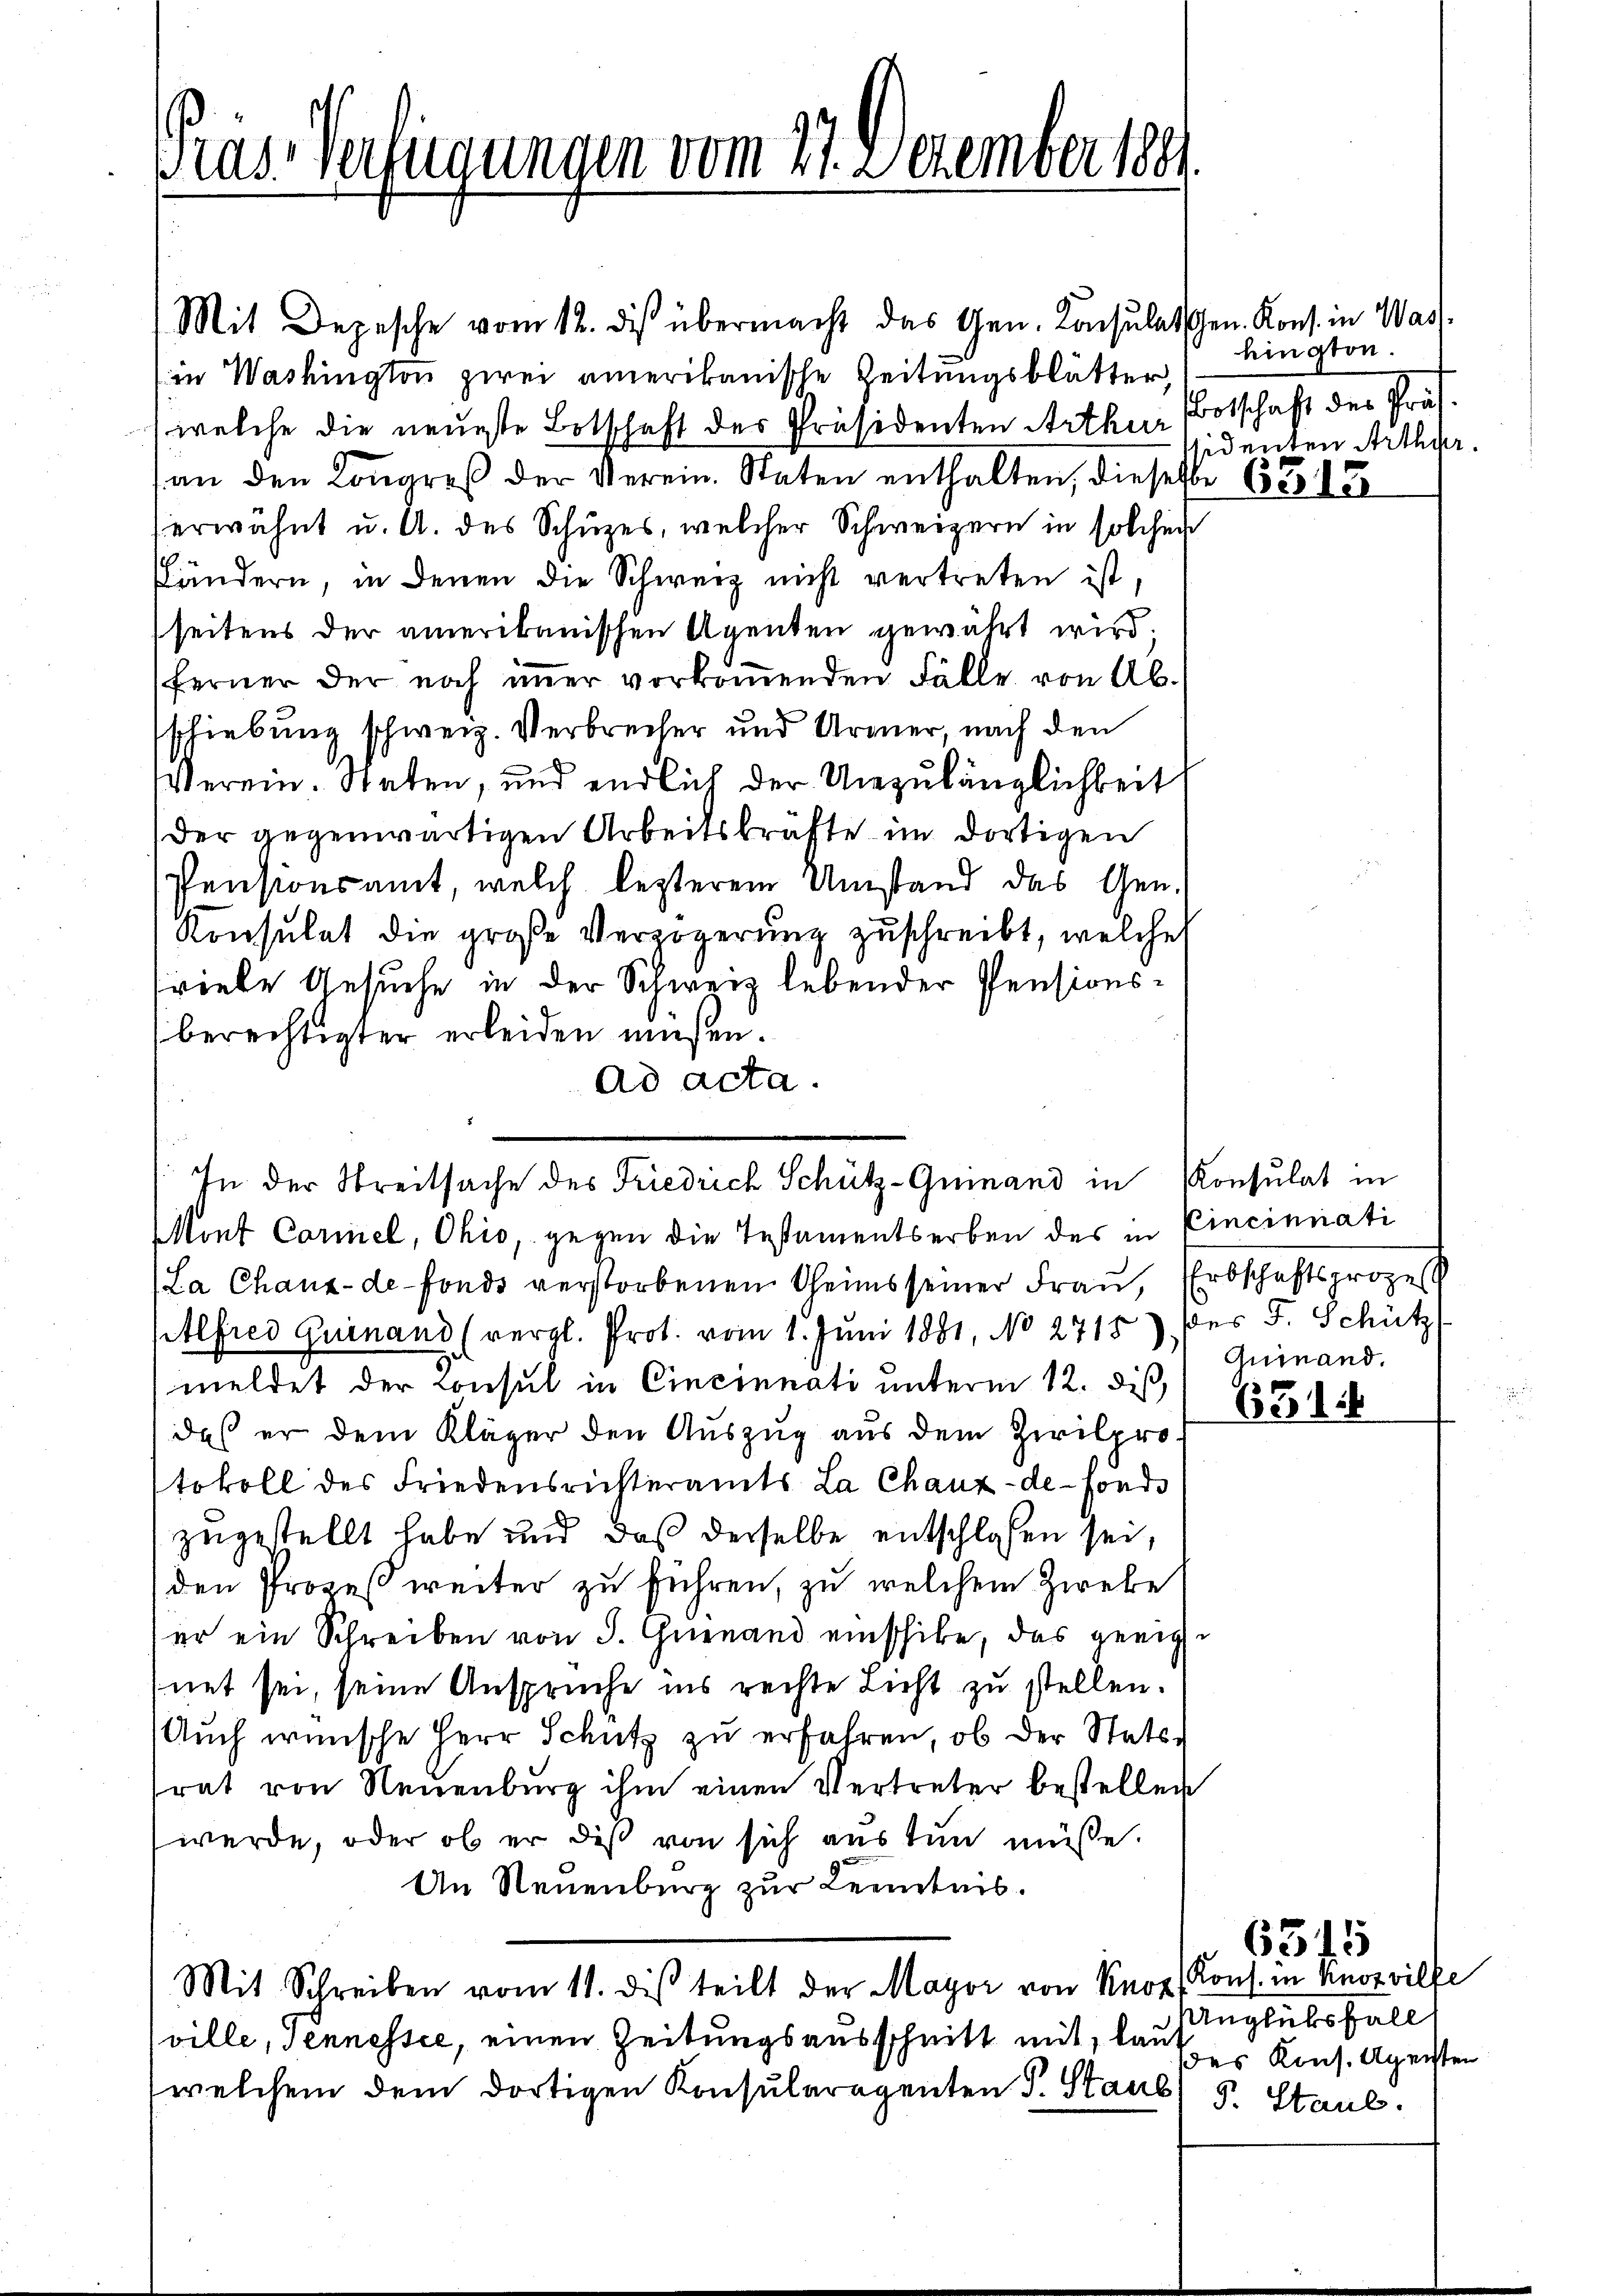
Präs. Verfügungen vom 27. Dezember 1891

Mit Depesche vom 12. des übermacht das Gen. Konsulaten. Kons. in Wasin Washington zwei amerikanische Zeitungsblätter,
(welche die neueste Botschaft des Präsidenten Arthur (Botschaft des Präs.
an den Kongreß der Verein. Staten enthalten, dieselbe 633. 13
erwähnt u. A. des Schuzes, welcher Schweizern in solcher
händern, in denen die Schweiz nicht vertreten ist,
seitens der amerikanischen Agenten gewährt wird.
ferner der noch imer vorkoṁenden Fälle von Ab-
schiebung schweiz. Verbrecher und Armer, nach den
Verein. Staten, und endlich der Unzulänglichkeit
der gegenwärtigen Arbeitskräfte im dortigen
Pensionsamt, welch lezterem Umstand das Gen.
Konsulat die große Verzögerung zuschreibt, welche
sriebe Gesuche in der Schweiz lebender Pensionsberechtigter erleiden müßen.
ad acta.
Mont Carmel, Ohio, gegen die Testamentserben des in Cincinati
(La Chaux-de-Fonds verstorbenen Geims seiner Frau, Erbschaftsprozes
Alfred Quinand (vergl. Prot. vom 1. Juni 1881, No 2715) Der F. Schütz
meldet der Consul in Cincinnati unterm 12. diß,
daß er dem Kläger den Auszug aus dem Zivilprotokoll des Friedensrichteramts La Chaux-de-Fonds
zugestellt habe und daß derselbe entschloßen sei,
den Prozeß weiter zu führen, zu welchem Zweke
er ein Schreiben von J. Grenand einschike, das geeig
fnet sei, seine Ansprüche ins rechte Licht zu stellen.
Auch wünsche Herr Schütz zu erfahren, ob der Statte
trat von Neuenburg ihm einen Vertreter bestellen
werde, oder ob er des von sich aus tun müsse.
An Neuenburg zur Kenntnis.
Mit Schreiben vom 11. dis teilt der Major von Knot
ville, Sennessee, einen Zeitungsausschnitt mit, lau
welchem dem dortigen Konsularegenten P. Staub

In der Streitsache des Friedrich Schütz-Quinand in Konsulat in

hington.
sidenten Arthur.

Guinand.

631

6315
(Kons. in Knozvilfe
Unglücksfall
des Kons. Agensten
S. Staul.